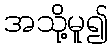
အသို့မူ၍